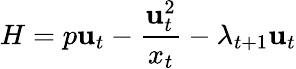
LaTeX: H=p\mathbf{u}_{t}-{\frac{{\mathbf{u}_{t}^{2}}}{{x_{t}}}}-\lambda_{t+1}\mathbf{u}_{t}